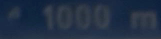
1000 m